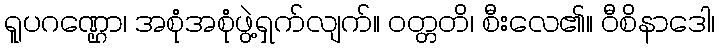
ရူပဂဏ္ဌော၊ အစုံအစုံဖွဲ့ရှက်လျက်။ ဝတ္တတိ၊ စီးလေ၏။ ဝီစိနာဒေါ၊